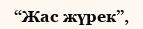
“Жас жүрек”,